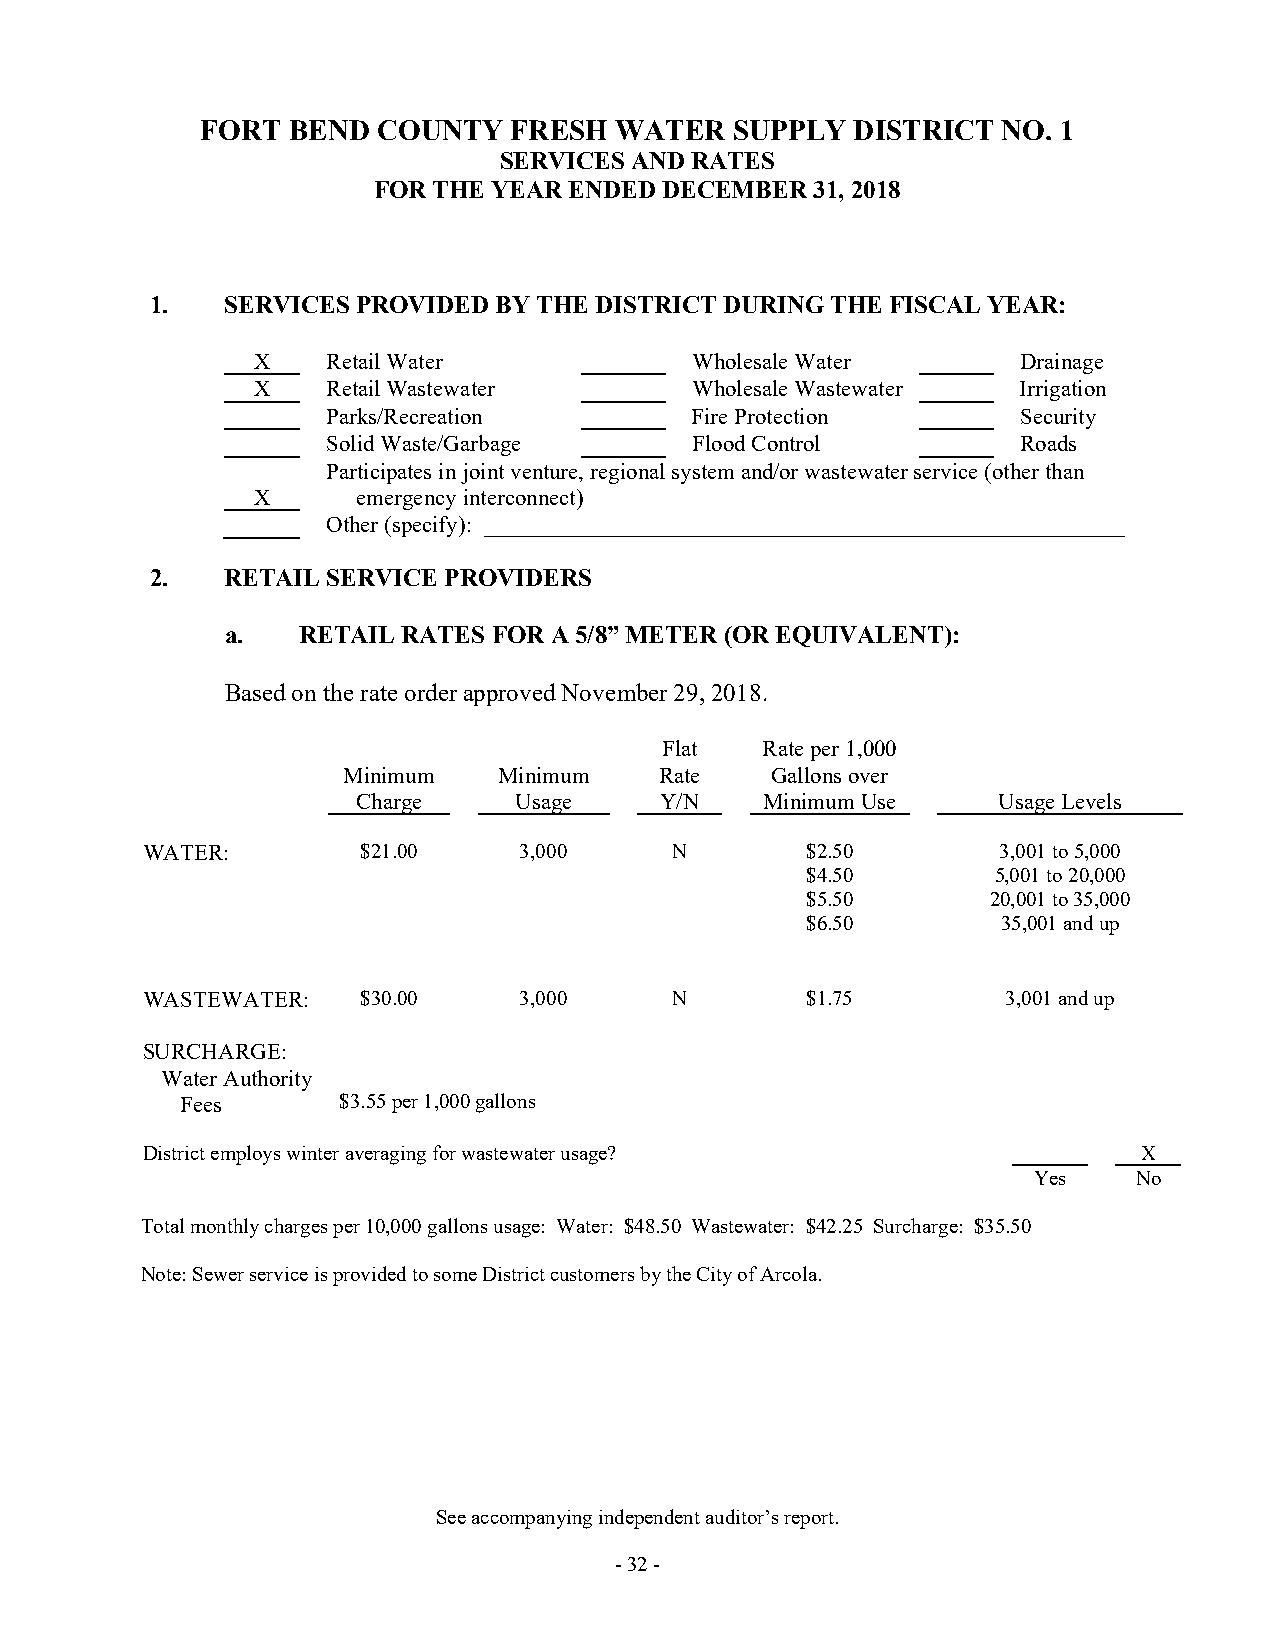
FORT  BEND  COUNTY   FRESH  WATER   SUPPLY  DISTRICT NO. 1
 SERVICES AND RATES
 FOR THE YEAR ENDED DECEMBER  31, 2018
 1.   SERVICES PROVIDED BY THE DISTRICT DURING THE FISCAL YEAR:
 X    Retail Water            Wholesale Water       Drainage
 X    Retail Wastewater       Wholesale Wastewater  Irrigation
 Parks/Recreation        Fire Protection       Security
 Solid Waste/Garbage     Flood Control         Roads
 Participates in joint venture, regional system and/or wastewater service (other than
 X      emergency interconnect)
 Other (specify): ________________________________________________________
 2.   RETAIL SERVICE PROVIDERS
 a.   RETAIL RATES FOR A 5/8” METER (OR EQUIVALENT):
 Based on the rate order approved November 29, 2018.
 Flat  Rate per 1,000
 Minimum   Minimum    Rate   Gallons over
 Charge    Usage     Y/N    Minimum Use    Usage Levels
 WATER:         $21.00    3,000      N       $2.50        3,001 to 5,000
 $4.50        5,001 to 20,000
 $5.50        20,001 to 35,000
 $6.50        35,001 and up
 WASTEWATER:    $30.00    3,000     N        $1.75         3,001 and up
 SURCHARGE:
 Water Authority
 Fees      $3.55 per 1,000 gallons
 District employs winter averaging for wastewater usage?            X
 Yes    No
 Total monthly charges per 10,000 gallons usage: Water: $48.50 Wastewater: $42.25 Surcharge: $35.50
 Note: Sewer service is provided to some District customers by the City of Arcola.
 See accompanying independent auditor’s report.
 - 32 -